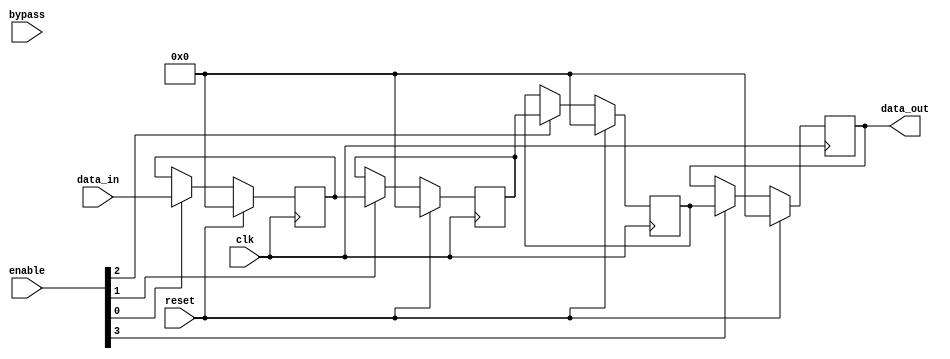
module bypass_register (
    input clk,       // Clock signal
    input reset,     // Reset signal
    input [3:0] enable, // Enable signals for each register
    input [3:0] bypass, // Bypass signals for each register
    input [31:0] data_in,  // Input data to be registered
    output reg [31:0] data_out // Output data after registers
);

reg [31:0] reg1, reg2, reg3, reg4; // Registers for each bypass register

always @(posedge clk) begin
    if (reset) begin
        reg1 <= 0;
        reg2 <= 0;
        reg3 <= 0;
        reg4 <= 0;
    end else begin
        if (enable[0]) begin
            reg1 <= data_in;
        end else if (!bypass[0]) begin
            reg1 <= reg1;
        end
        
        if (enable[1]) begin
            reg2 <= reg1;
        end else if (!bypass[1]) begin
            reg2 <= reg2;
        end
        
        if (enable[2]) begin
            reg3 <= reg2;
        end else if (!bypass[2]) begin
            reg3 <= reg3;
        end
        
        if (enable[3]) begin
            reg4 <= reg3;
        end else if (!bypass[3]) begin
            reg4 <= reg4;
        end
    end
end

assign data_out = reg4;

endmodule